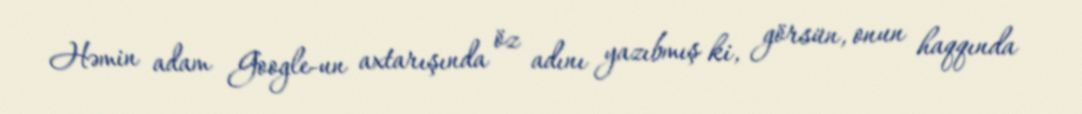
Həmin adam Google-un axtarışında öz adını yazıbmış ki, görsün, onun haqqında